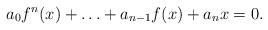
LaTeX: \begin{align*}a_0f^n(x)+\ldots+a_{n-1}f(x)+a_nx=0.\end{align*}